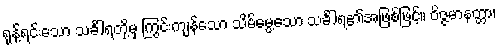
ရုန့်ရင်းသော သင်္ခါရတို့မှ ကြွင်းကျန်သော သိမ်မွေ့သော သင်္ခါရ၏အဖြစ်ဖြင့်။ ဝိဇ္ဇမာနတ္တာ၊